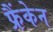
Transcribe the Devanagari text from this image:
फ्रैंकेन